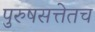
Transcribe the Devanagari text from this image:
पुरुषसत्तेतच